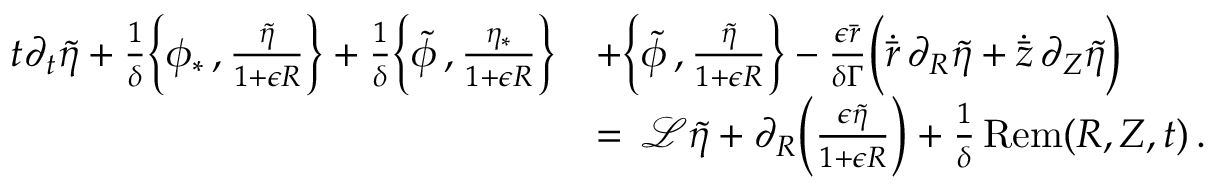
\begin{array} { r l } { t \partial _ { t } \tilde { \eta } + \frac { 1 } { \delta } \Bigl \{ \phi _ { * } \, , \frac { \tilde { \eta } } { 1 + \epsilon R } \Bigr \} + \frac { 1 } { \delta } \Bigl \{ \tilde { \phi } \, , \frac { \eta _ { * } } { 1 + \epsilon R } \Bigr \} } & { + \Bigl \{ \tilde { \phi } \, , \frac { \tilde { \eta } } { 1 + \epsilon R } \Bigr \} - \frac { \epsilon \bar { r } } { \delta \Gamma } \Bigl ( \dot { \bar { r } } \, \partial _ { R } \tilde { \eta } + \dot { \bar { z } } \, \partial _ { Z } \tilde { \eta } \Bigr ) } \\ { \, } & { = \, \mathcal { L } \tilde { \eta } + \partial _ { R } \Bigl ( \frac { \epsilon \tilde { \eta } } { 1 + \epsilon R } \Bigr ) + \frac { 1 } { \delta } \, \mathrm { R e m } ( R , Z , t ) \, . } \end{array}